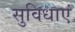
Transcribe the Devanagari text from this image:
सुविधाएं